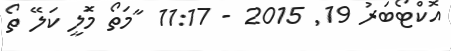
އޮކްޓޯބަރު 19